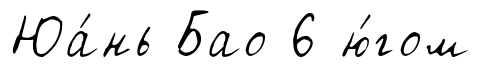
Юа́нь Бао 6 ю́гом